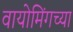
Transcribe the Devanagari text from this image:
वायोमिंगच्या